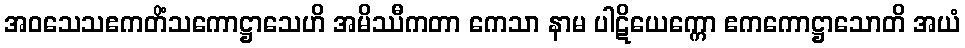
အဝသေသဧကတိံသကောဋ္ဌာသေဟိ အမိဿီကတာ ကေသာ နာမ ပါဋိယေက္ကော ဧကကောဋ္ဌာသောတိ အယံ